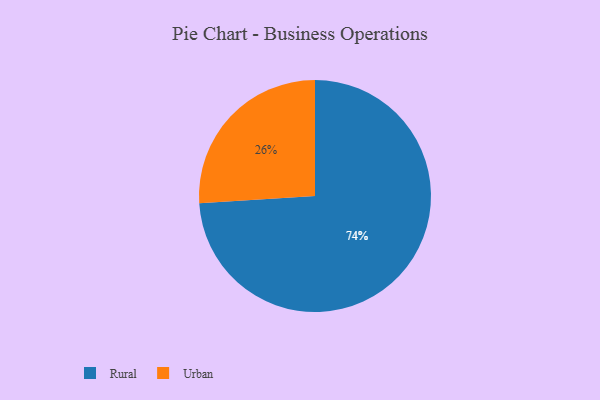
{"axis": {"x": "Category", "y": "Percentage"}, "legend": ["Rural", "Urban"], "data": [{"x": "Urban", "y": 26, "type": "Urban"}, {"x": "Rural", "y": 74, "type": "Rural"}]}